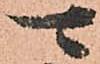
可